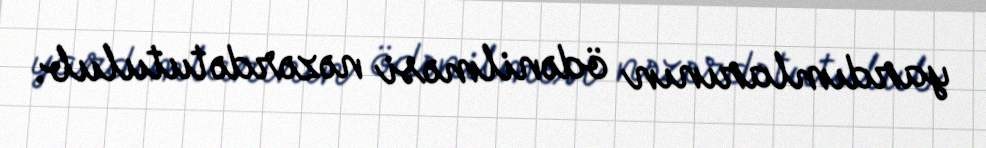
yardımlarının ödənilməsi nəzərdə tutulub.